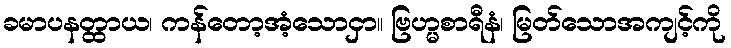
ခမာပနတ္ထာယ၊ ကန်တော့အံ့သောငှာ။ ဗြဟ္မစာရီနံ၊ မြတ်သောအကျင့်ကို